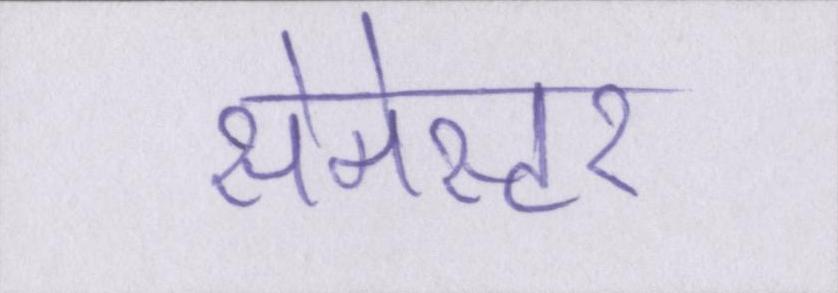
सेमेस्टर